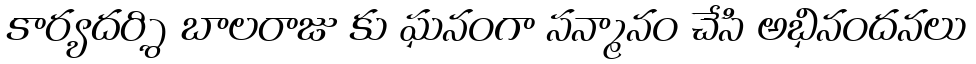
కార్యదర్శి బాలరాజు కు ఘనంగా సన్మానం చేసి అభినందనలు